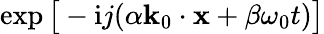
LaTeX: \exp\big[-\mathrm{i}j(\alpha\mathbf{k}_{0}\cdot\mathbf{x}+\beta\omega_{0}t)\big]